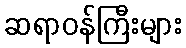
ဆရာဝန်ကြီးများ